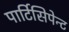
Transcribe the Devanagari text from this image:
पार्टिसिपेन्ट